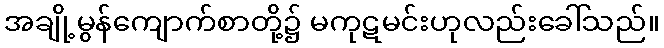
အချို့မွန်ကျောက်စာတို့၌ မကုဋမင်းဟုလည်းခေါ်သည်။